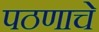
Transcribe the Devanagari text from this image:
पठणाचे